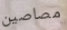
مصاصين